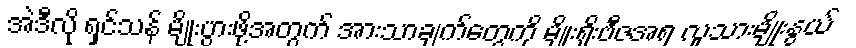
အဲဒီလို ရှင်သန် မျိုးပွားဖို့အတွက် အားသာချက်တွေကို မျိုးရိုးဗီဇအရ လူသားမျိုးနွယ်